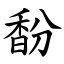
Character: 馚